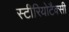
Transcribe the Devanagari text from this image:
स्टीरियोटैक्सी